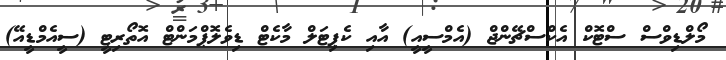
މޯލްޑިވްސް ސްޓޮކް އެކްސްޗޭންޖް (އެމްސީއީ) އާއި ކެޕިޓަލް މާކެޓް ޑިވެލޮޕްމަންޓް އޮތޯރިޓީ (ސީއެމްޑީއޭ)